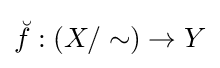
{\breve {f}}:(X/\sim )\rightarrow Y